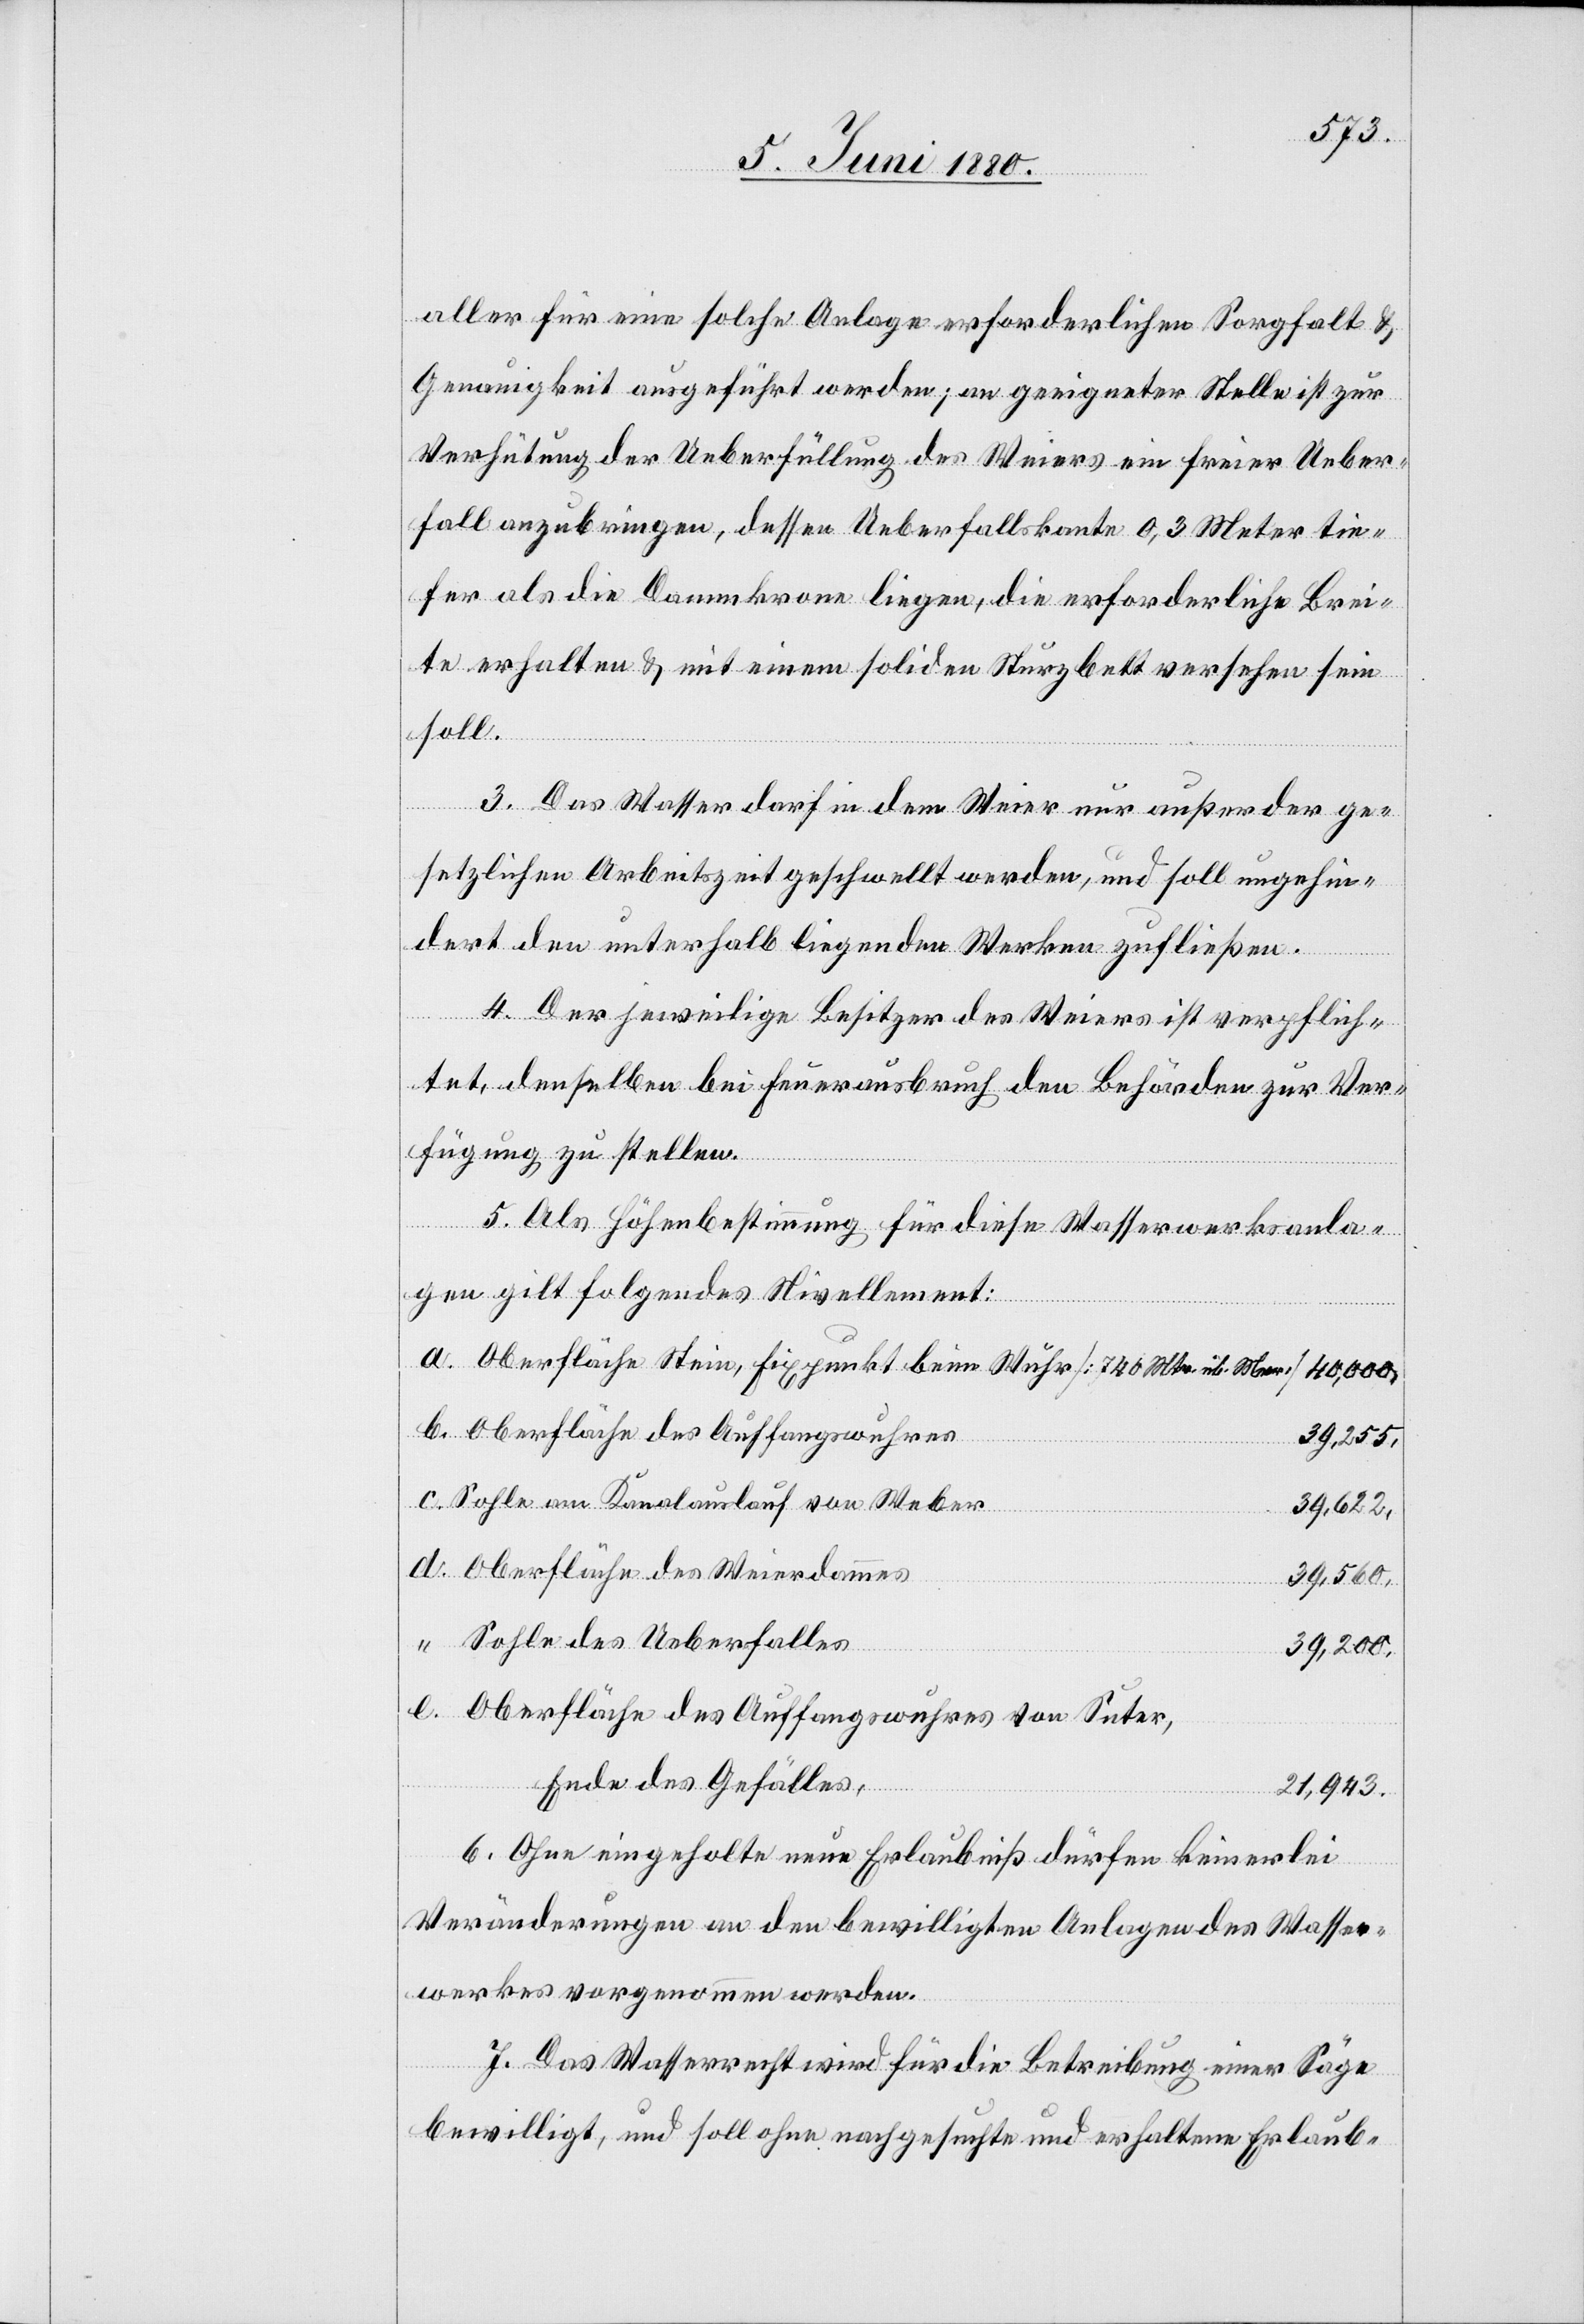
Mtr. üb.
aller für eine solche Anlage erforderlichen Sorgfalt &
Genauigkeit ausgeführt werden; an geeigneter Stelle ist zur
Verhütung der Ueberfüllung des Weiers ein freier Ueber¬
fall anzubringen, dessen Ueberfallskante 0,3 Meter tie¬
fer als die Dammkrone liegen, die erforderliche Brei¬
te erhalten & mit einem soliden Sturzbett versehen sein
soll.
3. Das Wasser darf in dem Weier nur außer der ge¬
setzlichen Arbeitszeit geschwellt werden, und soll ungehin¬
dert den unterhalb liegenden Werken zufließen.
4. Der jeweilige Besitzer des Weiers ist verpflich¬
tet, denselben bei Feuerausbruch den Behörden zur Ver¬
fügung zu stellen.
Meer]
5. Als Höhenbestimmung für diese Wasserwerksanla¬
gen gilt folgendes Nivellement:
Oberfläche des Auffangswuhres
39,255.
Sohle am Kanalauslauf von Weber
e.
39,622.
Oberfläche des Weierdammes
36,560.
Sohle des Ueberfalles
39,200
Oberfläche des Auffangswuhres von Suter,
Ende des Gefälles
21,943.
6. Ohne eingeholte neue Erlaubniß dürfen keinerlei
Veränderungen an den bewilligten Anlagen des Wasser¬
werkes vorgenommen werden.
7. Das Wasserrecht wird für die Betreibung einer Säge
bewilligt, und soll ohne nachgesuchte und erhaltene Erlaub-